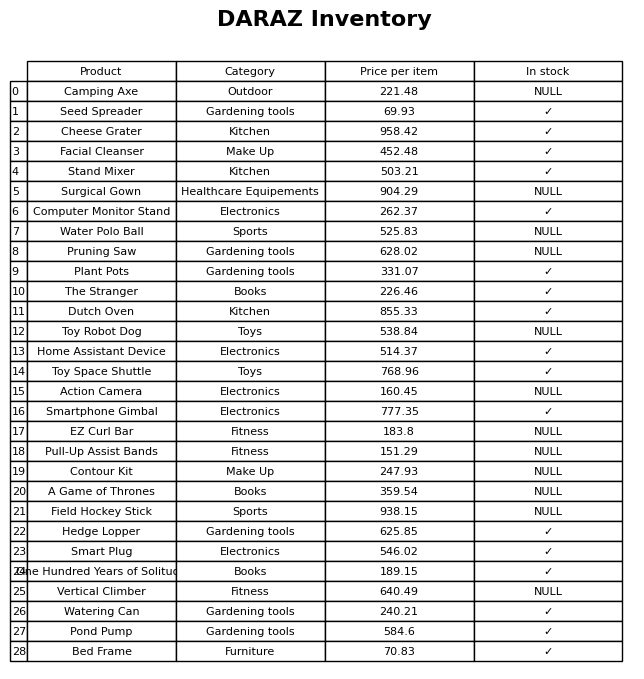
question: What is the price for Computer Monitor Stand?
answer: The price of Computer Monitor Stand is 262.37.